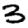
Digit: 3